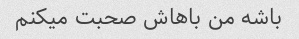
باشه من باهاش ​​صحبت میکنم